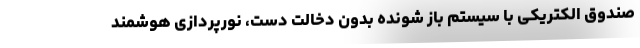
صندوق الکتریکی با سیستم باز شونده بدون دخالت دست، نورپردازی هوشمند